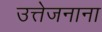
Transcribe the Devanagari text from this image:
उत्तेजनाना